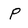
Character: P